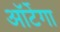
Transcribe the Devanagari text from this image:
ऑर्टेगा